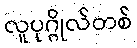
လူပုဂ္ဂိုလ်တစ်